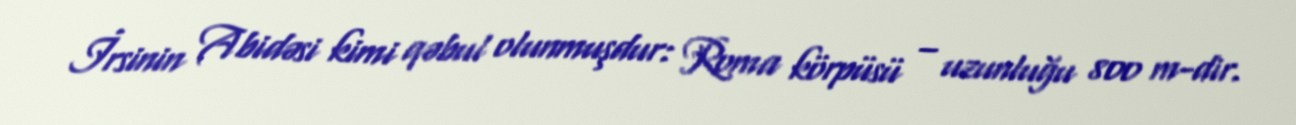
İrsinin Abidəsi kimi qəbul olunmuşdur: Roma körpüsü – uzunluğu 800 m-dir.